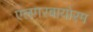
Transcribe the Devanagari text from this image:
एलगरबायोरम